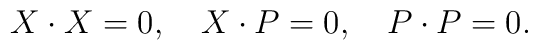
X\cdot X=0,\quad X\cdot P=0,\quad P\cdot P=0.